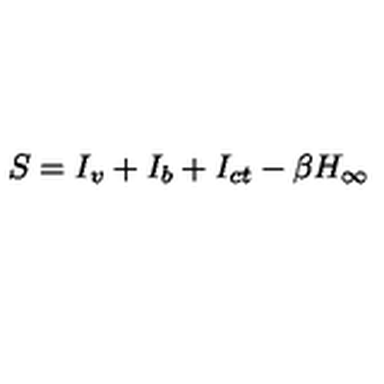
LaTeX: S = I _ { v } + I _ { b } + I _ { c t } - \beta H _ { \infty }